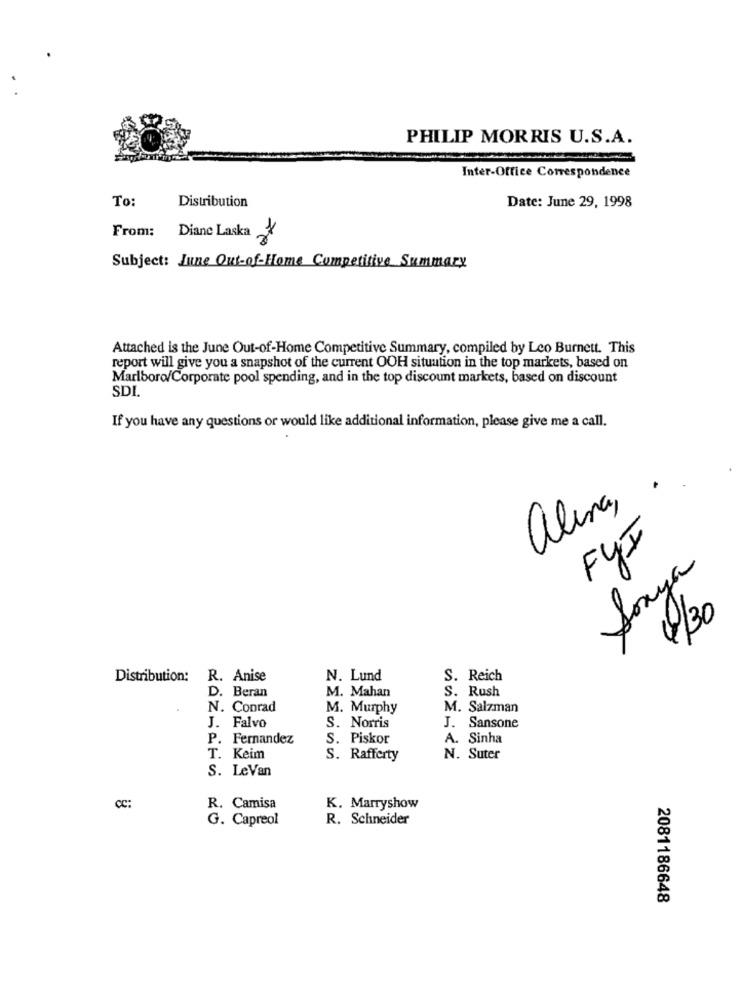
PHILIP MORRIS U.S.A.
Inter-Office Correspondence
To:
Distribution
Date: June 29, 1998
From: Diane Laska
Subject: Line Out-of-Home Competitive Summary
Attached is the June Out-of-Home Competitive Summary, compiled by Leo Burnett. This
report will give you a snapshot of the current OOH situation in the top markets, based on
Marlboro/Corporate pool spending, and in the top discount markets, based on discount
SDI.
If you have any questions or would like additional information, please give me a call.
alina,
FYI
Sonya
0/30
Distribution: R. Anise
N. Lund
S. Reich
D. Beran
M. Mahan
S. Rush
N. Conrad
M. Murphy
M. Salzman
J. Falvo
S. Norris
J. Sansone
P. Fernandez
S. Piskor
A. Sinha
T. Keim
S. Rafferty
N. Suter
S. LeVan
CC:
R. Camisa
K. Marryshow
G. Capreol
R. Schneider
2081186648